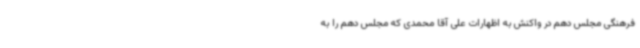
فرهنگی مجلس دهم در واکنش به اظهارات علی آقا محمدی که مجلس دهم را به